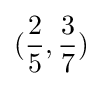
({\frac {2}{5}},{\frac {3}{7}})